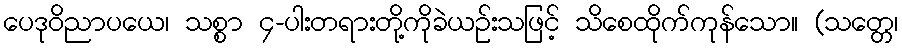
ပေဒုဝိညာပယေ၊ သစ္စာ ၄-ပါးတရားတို့ကိုခဲယဉ်းသဖြင့် သိစေထိုက်ကုန်သော။ (သတ္တေ၊